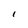
Character: I